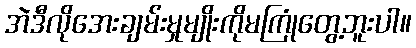
အဲဒီလိုအေးချမ်းမှုမျိုးကိုမကြုံတွေ့ဘူးပါ။